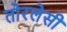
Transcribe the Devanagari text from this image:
तोरलेसी